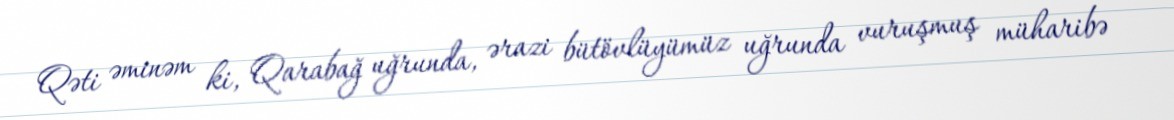
Qəti əminəm ki, Qarabağ uğrunda, ərazi bütövlüyümüz uğrunda vuruşmuş müharibə